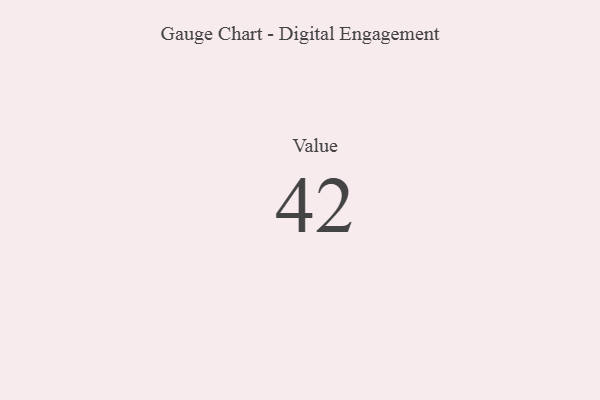
{"axis": {"x": "Metric", "y": "Value"}, "legend": [""], "data": [{"x": "Value", "y": 42, "type": ""}]}